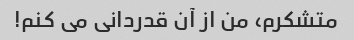
متشکرم، من از آن قدردانی می کنم!